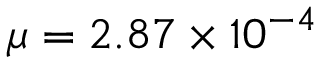
\mu = 2 . 8 7 \times { 1 0 ^ { - 4 } }